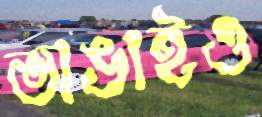
ভাঙাইও